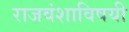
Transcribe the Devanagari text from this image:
राजवंशाविषयी